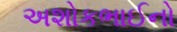
અશોકભાઈનો